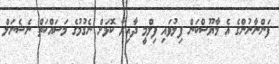
ފަންނާނުންގެ އެ މާޔޫސްކަން ފިލުވައި ފިލްމީ ދާއިރާ ކޮޅަށް ނެގުމުގެ މަސައްކަތް ނެޝެނަލް